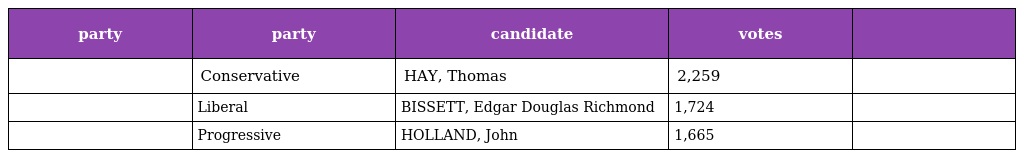
| party | party | candidate | votes |  |
 | --- | --- | --- | --- | --- |
 |  | Conservative | HAY, Thomas | 2,259 |  |
 |  | Liberal | BISSETT, Edgar Douglas Richmond | 1,724 |  |
 |  | Progressive | HOLLAND, John | 1,665 |  |